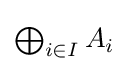
{\textstyle \bigoplus _{i\in I}A_{i}}